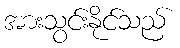
အားသွင်းနိုင်သည်